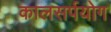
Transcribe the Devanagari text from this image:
कालसर्पयोग